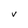
Character: V